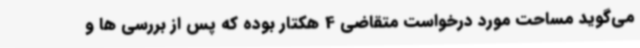
می‌گوید مساحت مورد درخواست متقاضی 4 هکتار بوده که پس از بررسی ها و